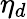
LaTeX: \eta_{d}